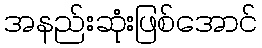
အနည်းဆုံးဖြစ်အောင်